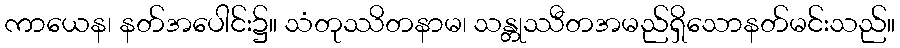
ကာယေန၊ နတ်အပေါင်း၌။ သံတုဿိတနာမ၊ သန္တုဿီတအမည်ရှိသောနတ်မင်းသည်။